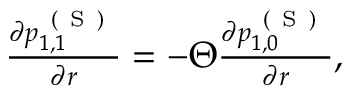
\begin{array} { r } { \frac { \partial p _ { 1 , 1 } ^ { \mathrm { ~ ( ~ S ~ ) ~ } } } { \partial r } = - \Theta \frac { \partial p _ { 1 , 0 } ^ { \mathrm { ~ ( ~ S ~ ) ~ } } } { \partial r } , } \end{array}